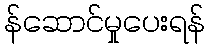
န်ဆောင်မှုပေးရန်